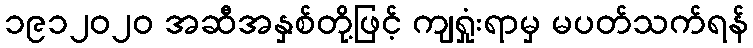
၁၉၁၂၀၂၀ အဆီအနှစ်တို့ဖြင့် ကျရှုံးရာမှ မပတ်သက်ရန်